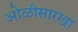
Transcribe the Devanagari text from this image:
ओळीसारखा